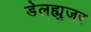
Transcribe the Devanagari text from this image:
डेलह्युजर